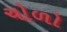
ચોળો